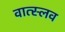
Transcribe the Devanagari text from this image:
वात्स्लव